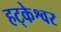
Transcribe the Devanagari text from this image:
हट्केश्वर